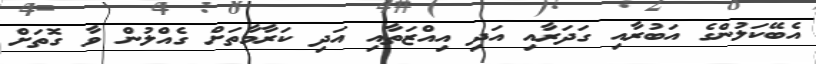
އެބޭކަލުންގެ އަބުރާއި ގަދަރާއި އަދި އިއްޒަތާއި އަދި ކަރާމާތަށް ގެއްލުން ވާ ގޮތަށް